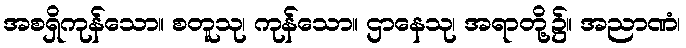
အစရှိကုန်သော။ စတူသု၊ ကုန်သော။ ဌာနေသု၊ အရာတို့၌။ အညာဏံ၊